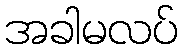
အခါမလပ်